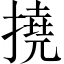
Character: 撓